Malaria in the Duars
Disease focus: Malaria
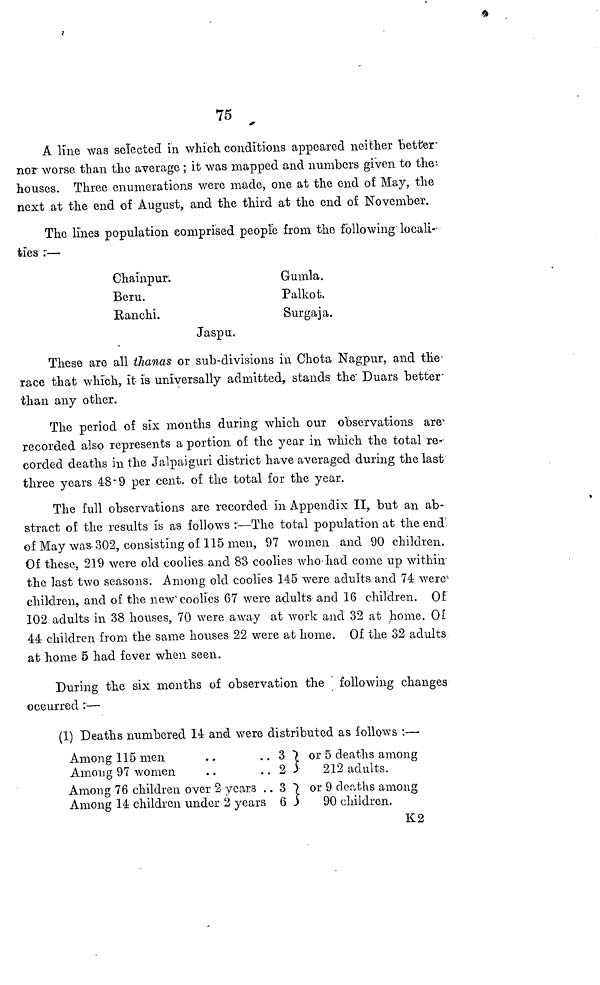
75
A line was selected in which conditions appeared neither better'
nor worse than the average ; it was mapped and numbers given to the
houses. Three enumerations were made, one at the end of May, the
next at the end of August, and the third at the end of November.
The lines population comprised people from the following" locali-
ties :—
Chainpur.
Beru.
Banchi.
Gumla.
Palkot.
Surgaja.
Jaspu.
These are all thanas or sub-divisions in Chota Nagpur, and the
race that which, it is universally admitted, stands the' Duars better
than any other.
The period of six months during which our observations are
recorded also represents a portion of the year in which the total re-
corded deaths in the Jalpaiguri district have averaged during the last
three years 48*9 per cent. of the total for the year.
The full observations are recorded in Appendix II, but an ab-
stract of the results is as follows :—The total population at the end
of May was 302, consisting of 115 men, 97 women and 90 children.
Of these, 219 were old coolies and 83 coolies who had come up within
the last two seasons. Among old coolies 145 were adults and 74 were 1
children, and of the new' coolies 67 were adults and 16 children. Of
102 adults in 38 houses, 70 were away at work and 32 at home. Of
44 children from the same houses 22 were at home. Of the 32 adults
at home 5 had fever when seen.
During the six months of observation the following changes
oceurred :—
(1) Deaths numbered 14 and were distributed as follows :—
Among 115 men
Among 97 women
Among 76 children over 2 years . .
Among 14 children under 2 years
3 }
2 }
3 }
6 }
or 5 deaths among
212 adults.
or 9 deaths among
90 children.
K2